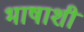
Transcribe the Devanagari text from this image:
भाषाशी